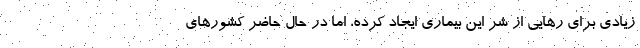
زیادی برای رهایی از شر این بیماری ایجاد کرده، اما در حال حاضر کشورهای